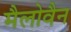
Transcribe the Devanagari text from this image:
मैलोवैन